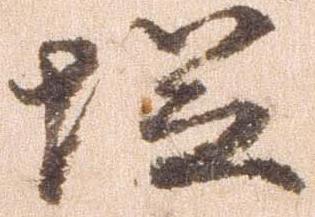
塩